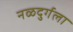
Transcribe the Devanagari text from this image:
नळदुर्गला